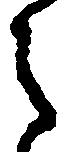
之